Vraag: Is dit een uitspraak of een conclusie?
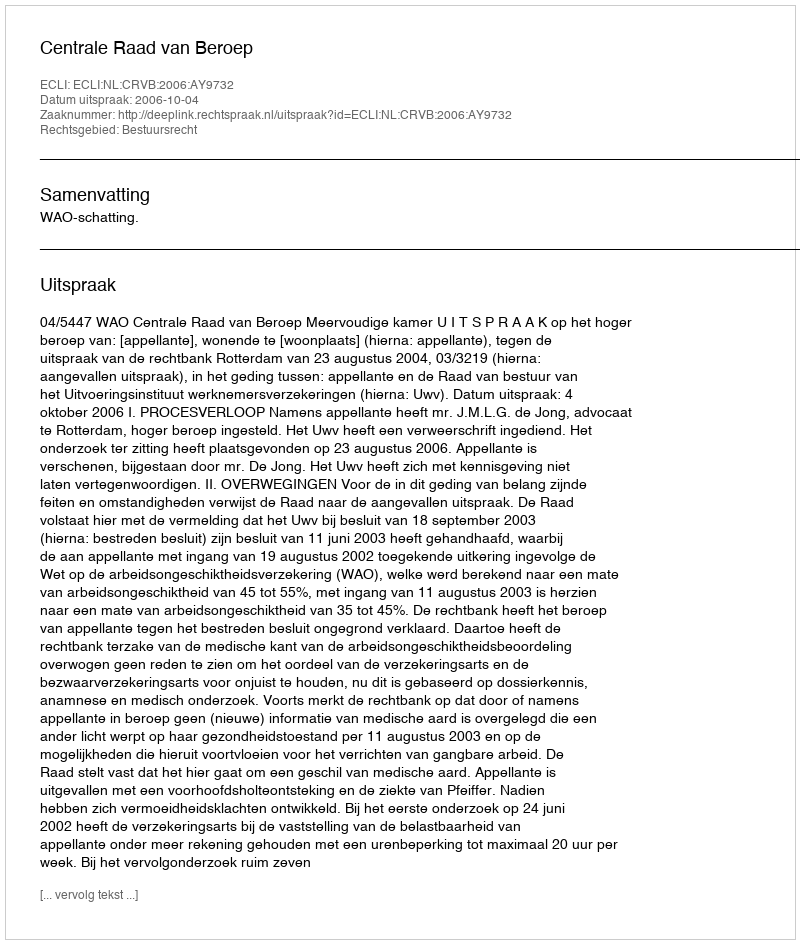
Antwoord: Uitspraak